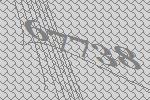
67738